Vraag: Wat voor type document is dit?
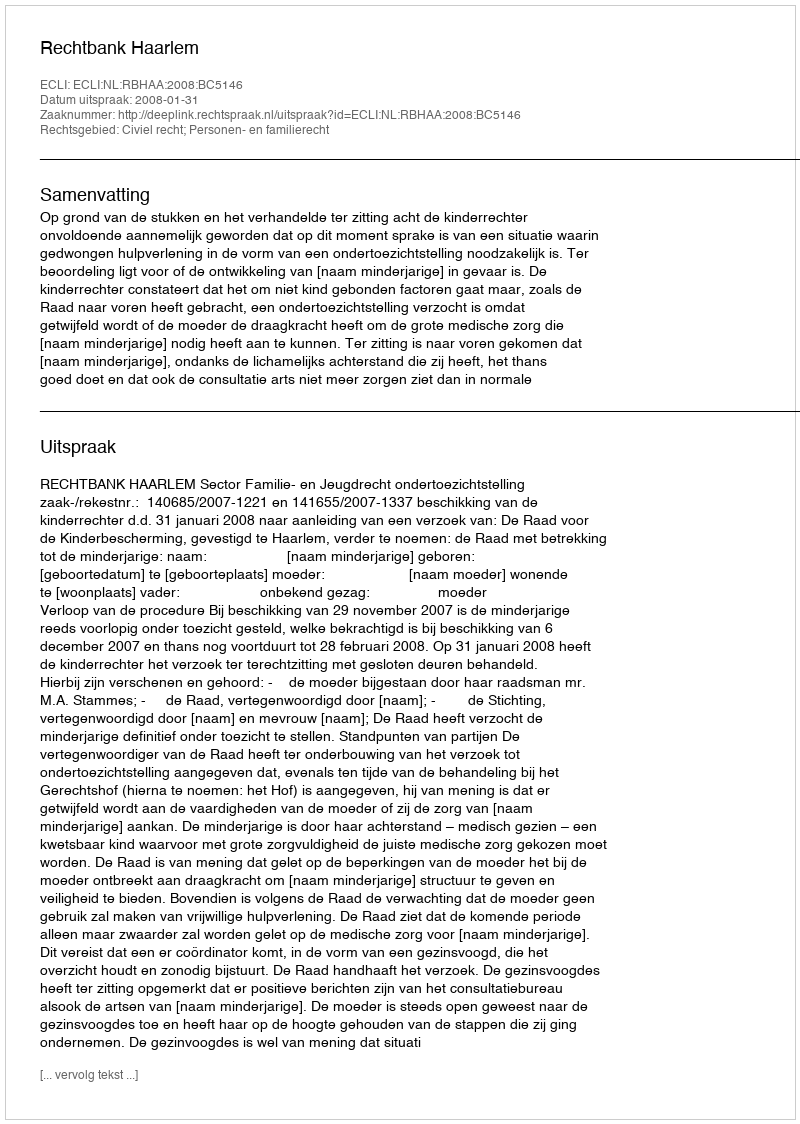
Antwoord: Uitspraak